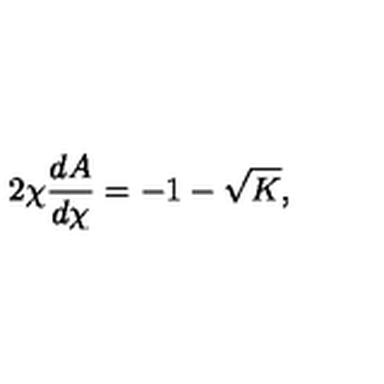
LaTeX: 2 \chi \frac { d A } { d \chi } = - 1 - \sqrt { K } ,